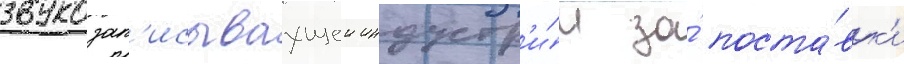
звукозап'исываущеи индустр'и́и за́ поста́вк'и